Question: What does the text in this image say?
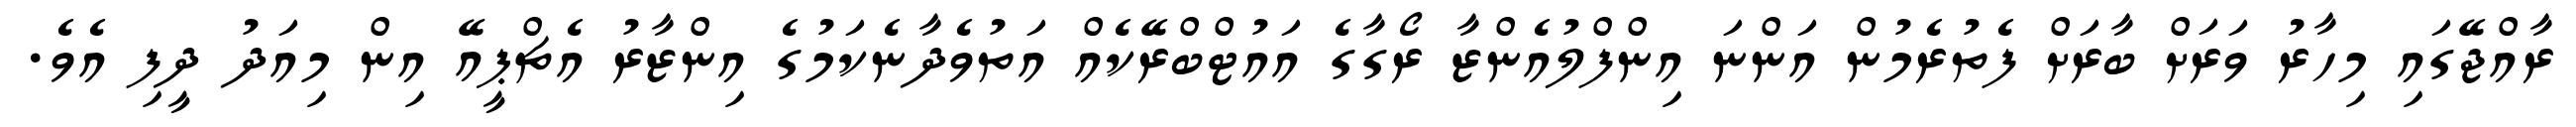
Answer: ރާއްޖޭގައި މިހާރު ވަރަށް ބާރަށް ފެތުރެމުން އަންނަ އިންފްލުއެންޒާ ރޯގާގެ އައުޓްބްރޭކެއް އަތުވެދާނެކަމުގެ އިންޒާރު އެޗްޕީއޭ އިން މިއަދު ދީފި އެވެ.